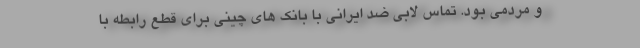
و مردمی بود. تماس لابی ضد ایرانی با بانک های چینی برای قطع رابطه با